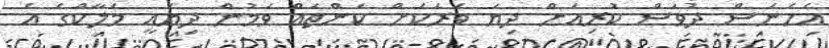
އެހެނަސް ދުވަސް ކުރިއަށް ދިޔަ ވަރަކަށް ކަންތައް ވަމުން ދިޔައީ މަލާކްގެ އެ